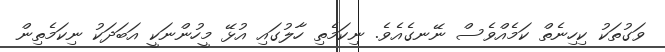
ވަގުތަކު ކިހިނެތް ކަމެއްވެސް ނޭނގެއެވެ. ނިކަމެތި ހާލުގައި އުޅޭ މީހުންނަކީ އަބަދަކު ނިކަމެތިން